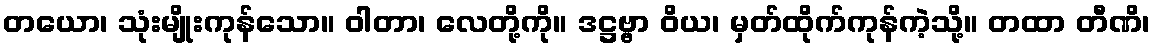
တယော၊ သုံးမျိုးကုန်သော။ ဝါတာ၊ လေတို့ကို။ ဒဋ္ဌဗ္ဗာ ဝိယ၊ မှတ်ထိုက်ကုန်ကဲ့သို့။ တထာ တီဏိ၊